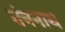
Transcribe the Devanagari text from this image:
तंत्रनाथ